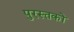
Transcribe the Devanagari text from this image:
पुरस्तकों